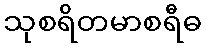
သုစရိတမာစရီဓ